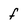
Character: f